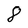
Character: 8